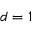
d = 1